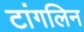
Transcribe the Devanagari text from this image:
टांगलिन